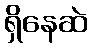
ရှိနေဆဲ